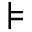
\models